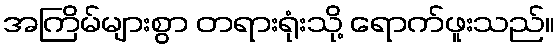
အကြိမ်များစွာ တရားရုံးသို့ ရောက်ဖူးသည်။